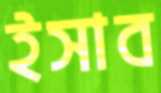
ইসাব